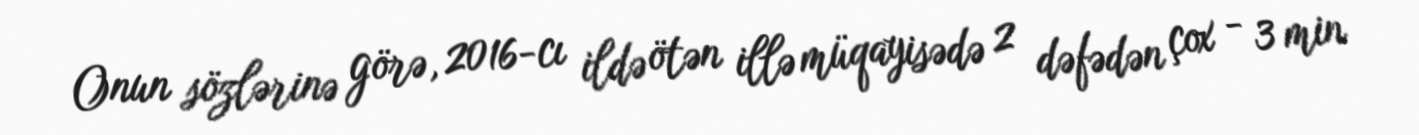
Onun sözlərinə görə, 2016-cı ildə ötən illə müqayisədə 2 dəfədən çox - 3 min